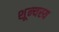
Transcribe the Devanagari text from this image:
शून्यस्य